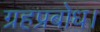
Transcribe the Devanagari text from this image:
ग्रहप्रबोध।